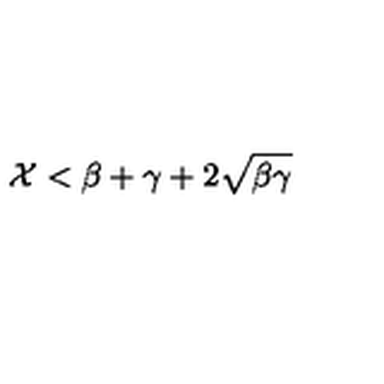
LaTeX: \mathcal { X } < \beta + \gamma + 2 \sqrt { \beta \gamma }